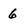
Character: 6